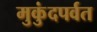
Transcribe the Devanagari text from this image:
मुकुंदपर्वत